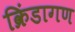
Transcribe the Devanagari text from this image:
क्रिंडागण